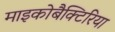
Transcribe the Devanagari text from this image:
माइकोबैक्टिरिया